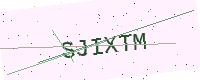
Text: SJIXTM